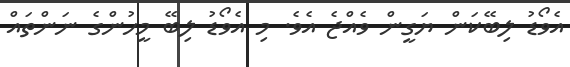
އެވޯޑު ލިބޭކަން ޔަގީން ވެއްޖެ އެވެ. މި އެވޯޑު ލިބޭ މީހުންގެ ނަންތައް